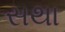
સથા